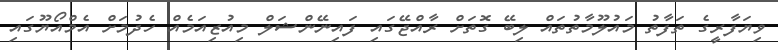
ވިޔަފާރީގެ ތަފާތު މައުލޫމާތުތައް ލިބޭ ގޮތަށް ރާއްޖޭގައި ފައިނޭންޝަލް މިއުޒިއަމެއް ހެދުމަށް އެމްއޯޔޫގައި